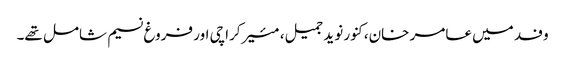
وفد میں عامر خان، کنور نوید جمیل، مئیرکراچی اور فروغ نسیم شامل تھے۔